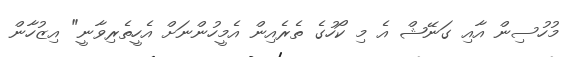
މުހުސިން އާއި ގަނޭޝް އެ މި ކޯހުގެ ތެރެއިން އެމީހުންނަށް އެހީތެރިވާނީ" އިޒުހާން